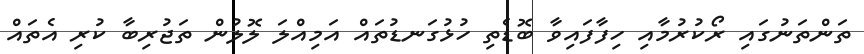
ތަންތަނުގައި ރޯކުރުމާއި ހިފާފައިވާ ބޮޑެތި ހުޅުގަނޑުތައް އަމިއްލަ ލޮލުން ތަޖުރިބާ ކުރި އެތައް